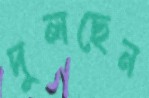
দুলছেন